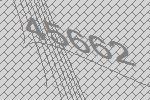
45662